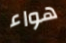
هواء